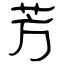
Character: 芳